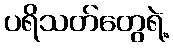
ပရိသတ်တွေရဲ့